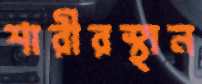
শারীরস্থান